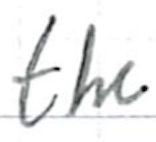
Text: the
Cross-out: clean
Writing tool: ballpoint